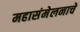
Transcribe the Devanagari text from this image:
महासंमेलनाचे